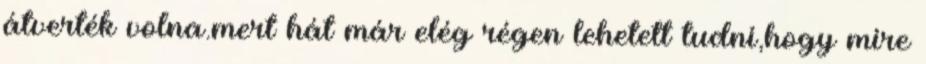
átverték volna.mert hát már elég régen lehetett tudni,hogy mire